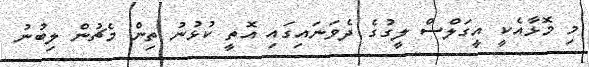
މި މޮޅާއެކީ އީގަލްސް ލީގުގެ ދެވަނައިގައި އޮތީ ކުޅުނު ތިން މެޗުން ލިބުނު